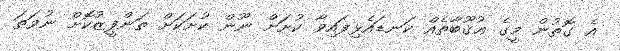
އެ ގޮތުން މީގެ ޢުޤޫބާތެއް ކަނޑައެޅިފައިވާ ކުށަށް ނޫން ކުށަކަށް ތަންފީޒުކޮށް ނުވަތަ